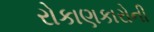
રોકાણકારોની